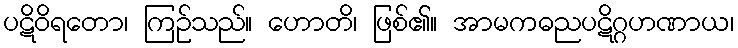
ပဋိဝိရတော၊ ကြဉ်သည်။ ဟောတိ၊ ဖြစ်၏။ အာမကဓညပဋိဂ္ဂဟဏာယ၊